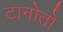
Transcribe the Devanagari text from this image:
टानोतो